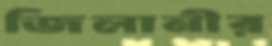
জিলানীর